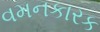
વમનકારક